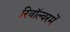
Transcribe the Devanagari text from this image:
रिवॉल्वरमें